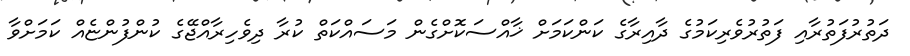
ދަތުރުފަތުރާއި ފަތުރުވެރިކަމުގެ ދާއިރާގެ ކަންކަމަށް ޚާއްސަކޮށްގެން މަސައްކަތް ކުރާ ދިވެހިރާއްޖޭގެ ކުންފުންޏެއް ކަމަށްވާ